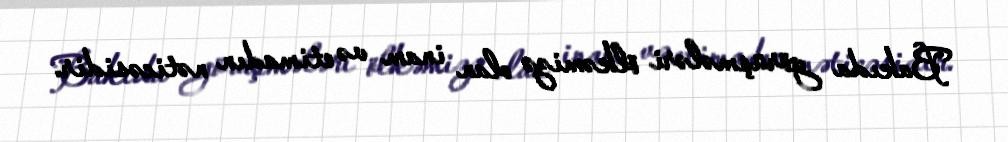
Bakıda görüşmələri ölkəmizə olan inam və etimadın nəticəsidir.